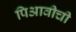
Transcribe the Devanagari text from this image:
पिआवीची